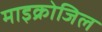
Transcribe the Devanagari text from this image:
माइक्रोजिल